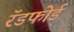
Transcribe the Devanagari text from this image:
रॅडफोर्ड